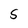
Character: S